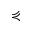
\curlyeqprec